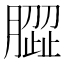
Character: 𰯝